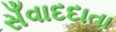
સઁવાદદાતા